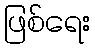
ဖြစ်ရေး